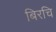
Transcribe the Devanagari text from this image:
बिरचि